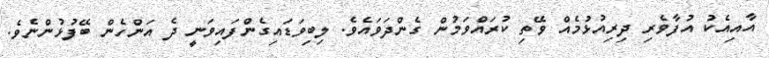
އާއިއެކު އުފާވެރި ދިރިއުޅުމެއް ވޭތި ކުރައްވަމުން ގެންދަވައެވެ. ލިބިވަޑައިގެންފައިވަނީ ދެ އަންހެން ބޭފުޅުންނެވެ.